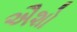
ઐશો